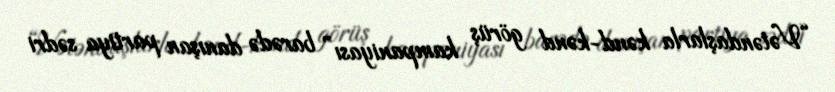
“Vətəndaşlarla kənd-kənd görüş kampaniyası” barədə danışan partiya sədri